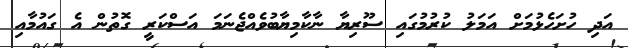
އަދި ހުށަހެޅުމަށް އަމަލު ކުރުމުގައި ސޫރިޔާ ނާކާމިޔާބުވެއްޖެނަމަ އަސްކަރީ ގޮތުން އެ ގައުމާއި